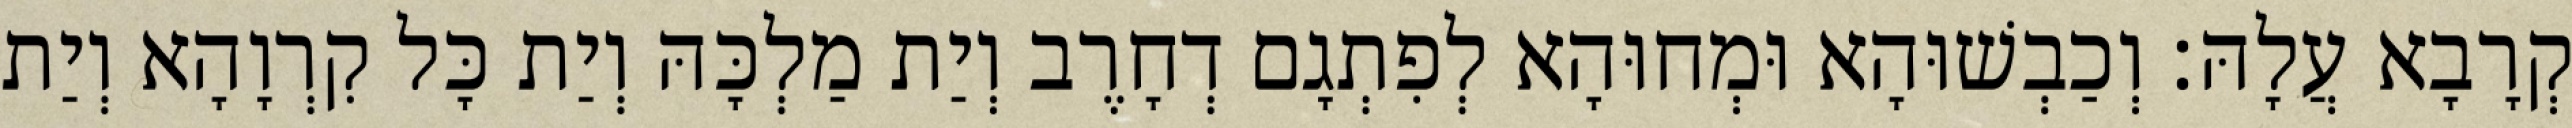
קְרָבָא עֲלָהּ׃ וְכַבְשׁוּהָא וּמְחוּהָא לְפִתְגָם דְחָרֶב וְיַת מַלְכָּהּ וְיַת כָּל קִרְוָהָא וְיַת